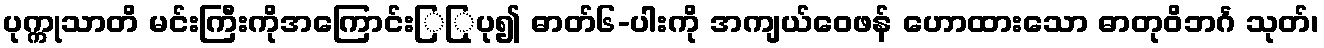
ပုက္ကုသာတိ မင်းကြီးကိုအကြောင်းြြုပု၍ ဓာတ်၆-ပါးကို အကျယ်ဝေဖန် ဟောထားသော ဓာတုဝိဘင်္ဂ သုတ်၊